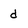
Character: d